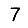
Digit: 7